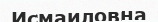
Исмаиловна